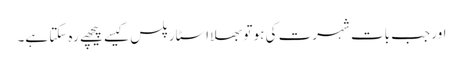
اور جب بات شہرت کی ہو تو بھلا اسٹار پلس کیسے پیچھے رہ سکتا ہے۔